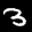
Label: 3